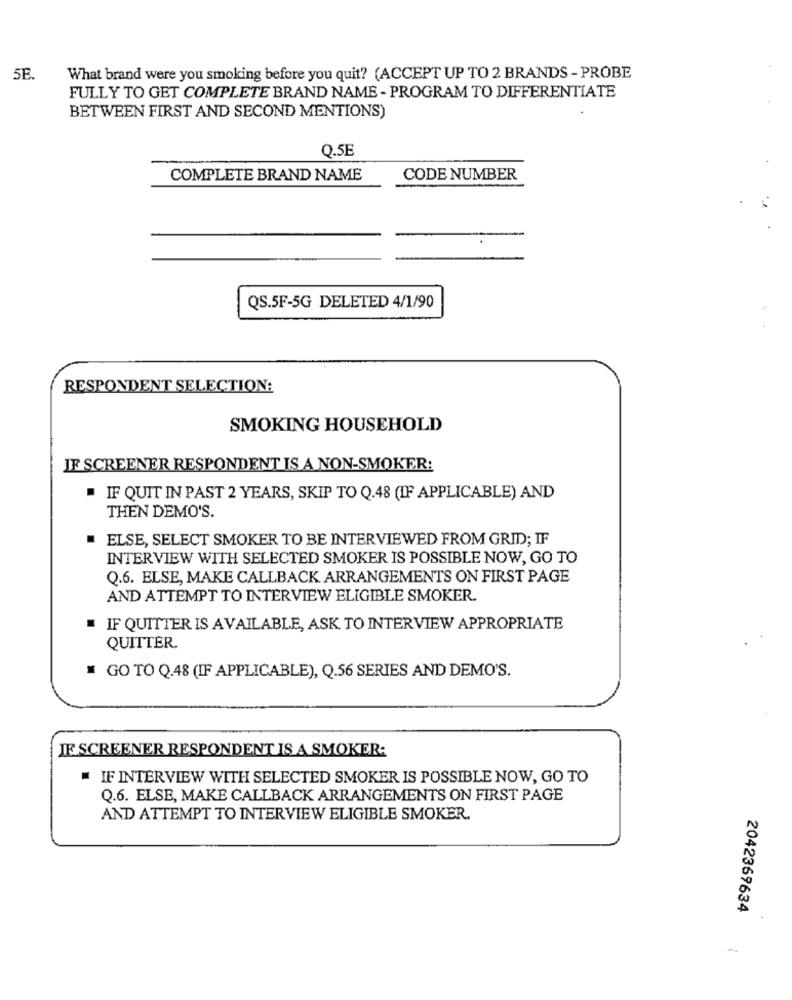
5E
What brand were you smoking before you quit? (ACCEPT UP TO 2 BRANDS - PROBE
FULLY TO GET COMPLETE BRAND NAME - PROGRAM TO DIFFERENTIATE
BETWEEN FIRST AND SECOND MENTIONS)
Q.SE
COMPLETE BRAND NAME
CODE NUMBER
QS.5F-5G DELETED 4/1/90
RESPONDENT SELECTION:
SMOKING HOUSEHOLD
IF SCREENER RESPONDENT IS A NON-SMOKER:
IF QUIT IN PAST 2 YEARS, SKIP TO Q.48 (IF APPLICABLE) AND
THEN DEMO'S.
ELSE, SELECT SMOKER TO BE INTERVIEWED FROM GRID; IF
INTERVIEW WITH SELECTED SMOKER IS POSSIBLE NOW, GO TO
Q.6. ELSE, MAKE CALLBACK ARRANGEMENTS ON FIRST PAGE
AND ATTEMPT TO INTERVIEW ELIGIBLE SMOKER.
IF QUITTER IS AVAILABLE, ASK TO INTERVIEW APPROPRIATE
QUITTER.
GO TO Q.48 (IF APPLICABLE), Q.56 SERIES AND DEMO'S.
JE SCREENER RESPONDENT IS A SMOKER:
IF INTERVIEW WITH SELECTED SMOKER IS POSSIBLE NOW, GO TO
Q.6. ELSE, MAKE CALLBACK ARRANGEMENTS ON FIRST PAGE
AND ATTEMPT TO INTERVIEW ELIGIBLE SMOKER.
2042369634
-